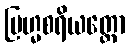
ဗြဟ္မစရိယတ္ထော